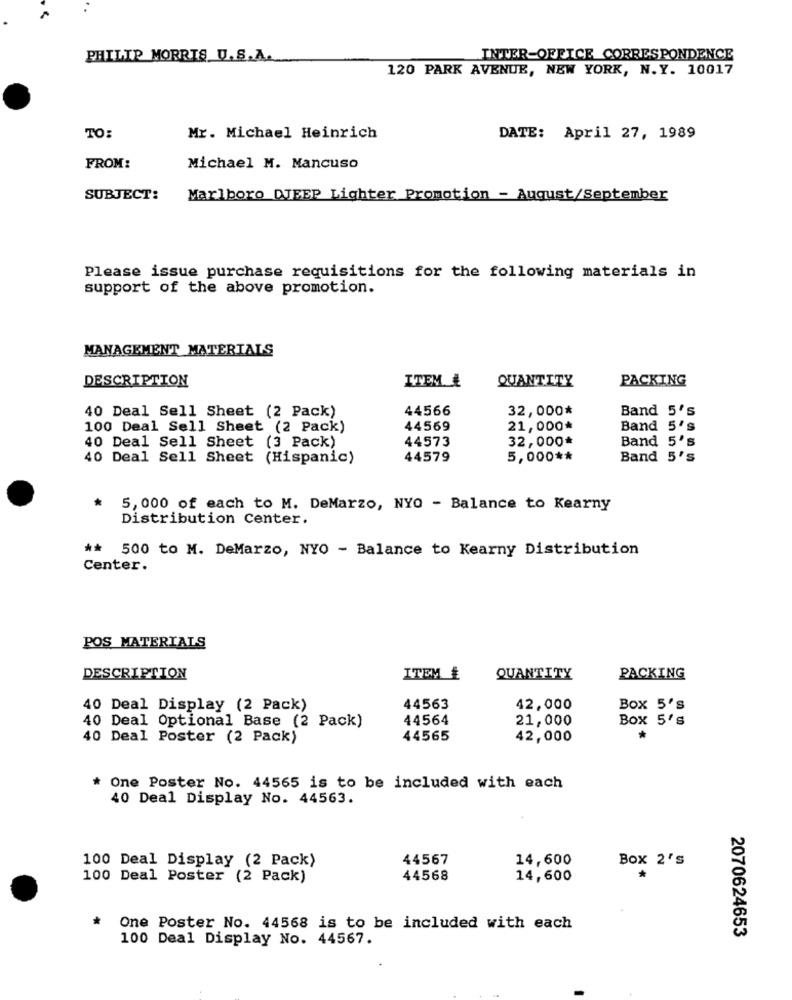
PHILIP MORRIS U.S.A.
INTER-OFFICE CORRESPONDENCE
120 PARK AVENUE, NEW YORK, N.Y. 10017
TO:
Mr. Michael Heinrich
DATE: April 27, 1989
FROM:
Michael M. Mancuso
SUBJECT:
Marlboro DJEEP Lighter Promotion - August/September
Please issue purchase requisitions for the following materials in
support of the above promotion.
MANAGEMENT MATERIALS
DESCRIPTION
ITEM #
QUANTITY
PACKING
40 Deal Sell Sheet (2 Pack)
44566
32,000*
Band 5's
100 Deal Sell Sheet (2 Pack)
44569
21,000*
Band 5's
40 Deal Sell Sheet (3 Pack)
44573
32,000*
Band 5's
40 Deal Sell Sheet (Hispanic)
44579
5,000 **
Band 5's
*
5,000 of each to M. DeMarzo, NYO - Balance to Kearny
Distribution Center.
** 500 to M. DeMarzo, NYO - Balance to Kearny Distribution
Center.
POS MATERIALS
DESCRIPTION
ITEM #
QUANTITY
PACKING
40 Deal Display (2 Pack)
44563
42,000
Box 5's
40 Deal Optional Base (2 Pack)
44564
21,000
Box 5's
40 Deal Poster (2 Pack)
44565
42,000
*
* One Poster No. 44565 is to be included with each
40 Deal Display No. 44563.
100 Deal Display (2 Pack)
44567
14,600
Box 2's
*
100 Deal Poster (2 Pack)
44568
14,600
One Poster No. 44568 is to be included with each
100 Deal Display No. 44567.
2070624653